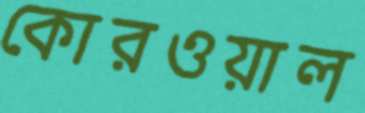
কোরওয়াল